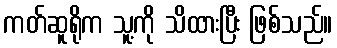
ကတ်ဆူရိုက သူ့ကို သိထားပြီး ဖြစ်သည်။